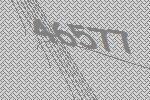
46577